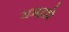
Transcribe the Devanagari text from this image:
रंध्राद्वारे